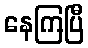
နေကြပြီ